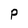
Character: P